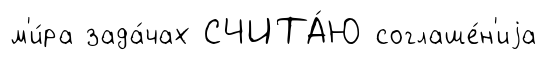
м'и́ра зада́чах СЧИТА́Ю соглаше́н'иjа